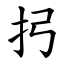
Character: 㧈